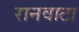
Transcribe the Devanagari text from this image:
रानवाटा